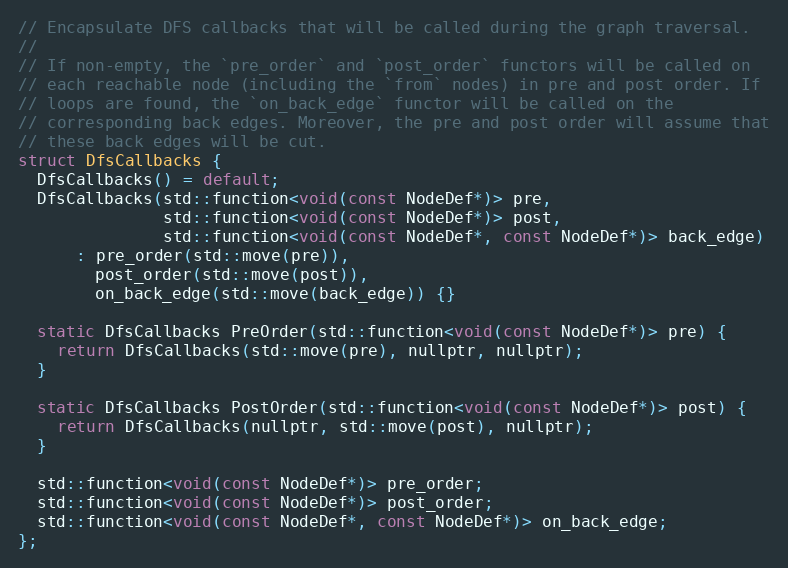
Language: C
// Encapsulate DFS callbacks that will be called during the graph traversal.
//
// If non-empty, the `pre_order` and `post_order` functors will be called on
// each reachable node (including the `from` nodes) in pre and post order. If
// loops are found, the `on_back_edge` functor will be called on the
// corresponding back edges. Moreover, the pre and post order will assume that
// these back edges will be cut.
struct DfsCallbacks {
  DfsCallbacks() = default;
  DfsCallbacks(std::function<void(const NodeDef*)> pre,
               std::function<void(const NodeDef*)> post,
               std::function<void(const NodeDef*, const NodeDef*)> back_edge)
      : pre_order(std::move(pre)),
        post_order(std::move(post)),
        on_back_edge(std::move(back_edge)) {}

  static DfsCallbacks PreOrder(std::function<void(const NodeDef*)> pre) {
    return DfsCallbacks(std::move(pre), nullptr, nullptr);
  }

  static DfsCallbacks PostOrder(std::function<void(const NodeDef*)> post) {
    return DfsCallbacks(nullptr, std::move(post), nullptr);
  }

  std::function<void(const NodeDef*)> pre_order;
  std::function<void(const NodeDef*)> post_order;
  std::function<void(const NodeDef*, const NodeDef*)> on_back_edge;
};